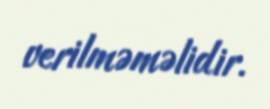
verilməməlidir.